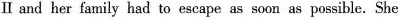
Ⅱ and her family had to escape as soon as possible. She